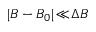
| B - B _ { 0 } | \! \ll \! \Delta B